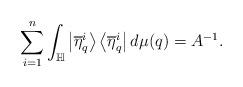
LaTeX: \begin{align*}\sum_{i=1}^{n}\int_{\mathbb{H}}\left|\overline{\eta}_{q}^{i}\right\rangle\left\langle \overline{\eta}_{q}^{i}\right|d\mu(q)=A^{-1}. \end{align*}